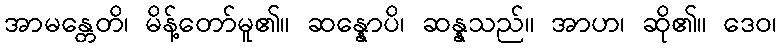
အာမန္တေတိ၊ မိန့်တော်မူ၏။ ဆန္နောပိ၊ ဆန္နသည်။ အာဟ၊ ဆို၏။ ဒေဝ၊